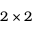
2 \times 2